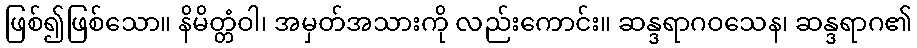
ဖြစ်၍ဖြစ်သော။ နိမိတ္တံဝါ၊ အမှတ်အသားကို လည်းကောင်း။ ဆန္ဒရာဂဝသေန၊ ဆန္ဒရာဂ၏